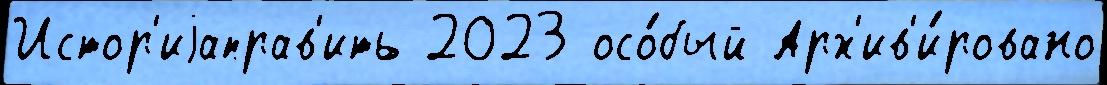
Истор'иjаправ'ить 2023 осо́бый Арх'ив'и́ровано